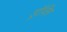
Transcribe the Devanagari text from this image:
ड्रॉविंग